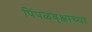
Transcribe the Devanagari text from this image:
पिंपळवृक्षाच्या